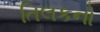
તિલકનો